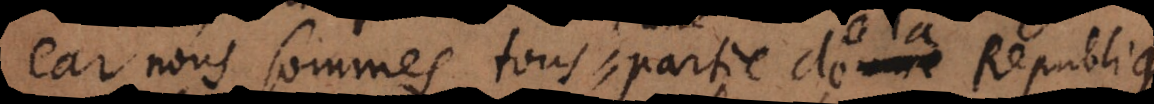
car nous sommes tous partie d’une une